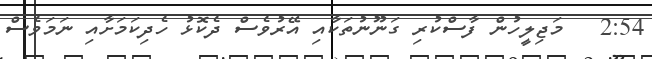
2:54   މަޖިލީހުން ފާސްކުރި ގަނޫނުތަކާއި އޭރުވެސް ދެކޮޅު ހެދިކަމަށާއި ނަމަވެސް